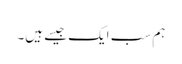
ہم سب ایک جیسے ہیں۔